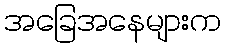
အခြေအနေများက